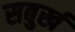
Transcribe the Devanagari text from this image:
सबुर्ख